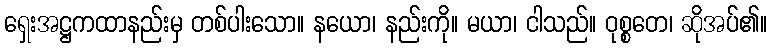
ရှေးအဋ္ဌကထာနည်းမှ တစ်ပါးသော။ နယော၊ နည်းကို။ မယာ၊ ငါသည်။ ဝုစ္စတေ၊ ဆိုအပ်၏။